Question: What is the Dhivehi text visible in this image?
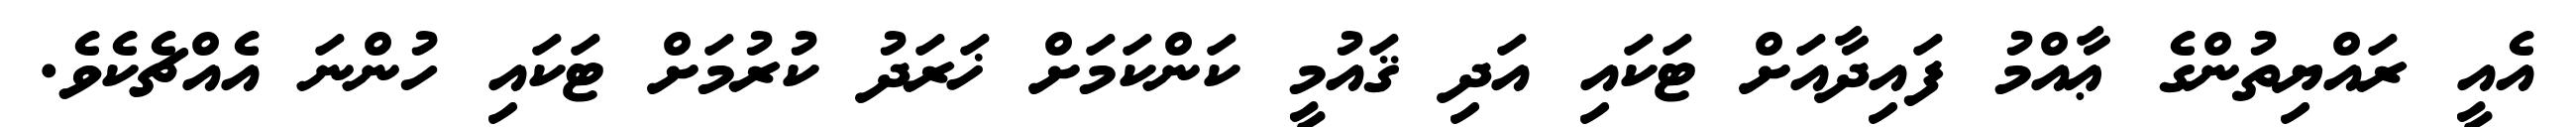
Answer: އެއީ ރައްޔިތުންގެ ޢާއްމު ފައިދާއަށް ޓަކައި އަދި ޤައުމީ ކަންކަމަށް ޚަރަދު ކުރުމަށް ޓަކައި ހުންނަ އެއްޗެކެވެ.